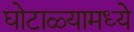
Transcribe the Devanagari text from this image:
घोटाळ्यामध्ये